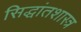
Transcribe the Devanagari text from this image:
सिद्धांतशास्त्र